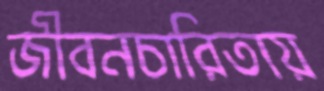
জীবনচারিতায়